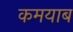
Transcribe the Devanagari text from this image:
कमयाब